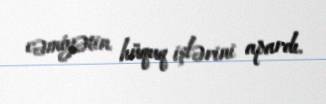
cəmiyətin hüquq işlərini apardı.